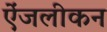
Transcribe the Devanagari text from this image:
ऐंजलीकन